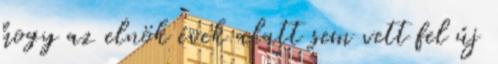
hogy az elnök évek alatt sem vett fel új